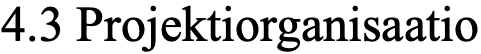
4.3 Projektiorganisaatio